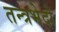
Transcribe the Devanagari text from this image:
तन्त्रभेदो